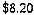
$8.20